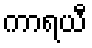
ကာရယီ